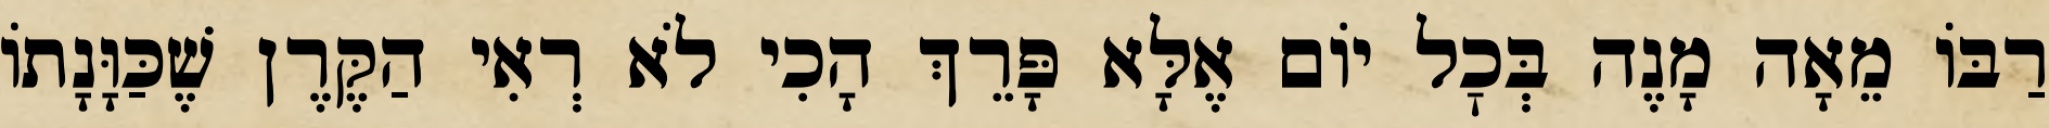
רַבּוֹ מֵאָה מָנֶה בְּכׇל יוֹם אֶלָּא פָּרֵךְ הָכִי לֹא רְאִי הַקֶּרֶן שֶׁכַּוָּנָתוֹ